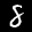
Label: 8